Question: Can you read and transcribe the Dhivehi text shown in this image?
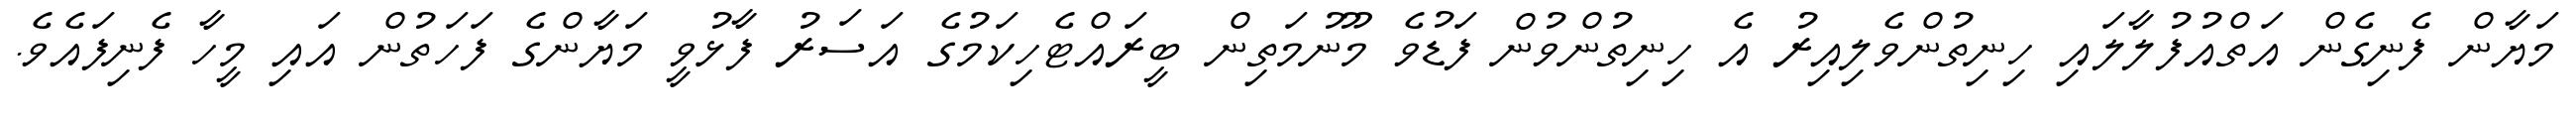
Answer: މަޔާން ފެނިގެން އަތްއުފުލާލައި ހިނިތުންވެލިއިރު އެ ހިނިތުންވުން ފަޑުވެ މޫނުމަތިން ބީރައްޓެހިކަމުގެ އަސަރު ފާޅުވީ މަޔާންގެ ފަހަތުން އައި މީހާ ފެނިފައެވެ.